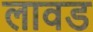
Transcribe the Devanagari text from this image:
लावड